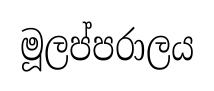
මූලප්පරාලය